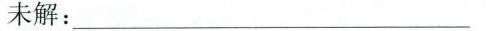
未解：___